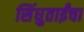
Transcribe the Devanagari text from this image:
सिंधुताईंचा